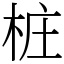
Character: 桩